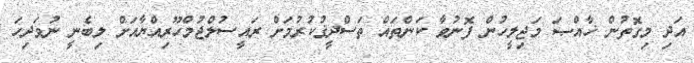
އަދި މިގޮތުން ޚާއްޞަ މަޖިލީހުން ފޮނުވާ ކަންތައް ތަސްދީޤުކުރުމަށް ރައީސުލްޖުމްހޫރިއްޔާއަށް ލިބެނީ ނުވަދިހަ